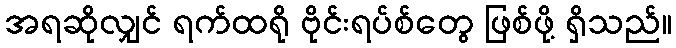
အရဆိုလျှင် ရက်ထရို ဗိုင်းရပ်စ်တွေ ဖြစ်ဖို့ ရှိသည်။